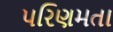
પરિણમતા